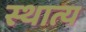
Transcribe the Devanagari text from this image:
स्थात्य